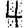
Digit: 4